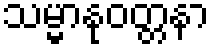
သမ္မာနုဝတ္တနာ